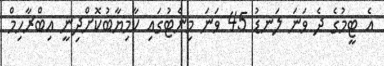
އެ ޓީމުގެ ދެ ވަނަ ލަނޑު 45 ވަނަ މިނެޓުގައި ކާމިޔާބުކޮށްދިނީ އިބްރާހިމް